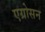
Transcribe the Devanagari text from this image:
एग्रोसन